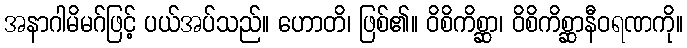
အနာဂါမိမဂ်ဖြင့် ပယ်အပ်သည်။ ဟောတိ၊ ဖြစ်၏။ ဝိစိကိစ္ဆာ၊ ဝိစိကိစ္ဆာနီဝရဏကို။